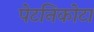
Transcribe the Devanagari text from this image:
पेटनिकोटा